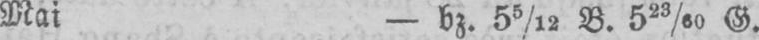
Mai - bz. 55/12 B. 523/60 G.